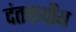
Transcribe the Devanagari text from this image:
दंतकथीय